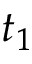
t _ { 1 }